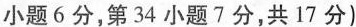
小题6分，第34小题7分，共17分)